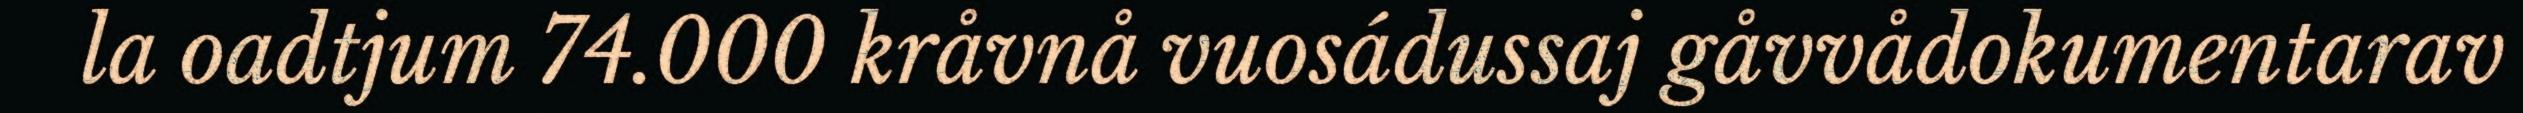
la oadtjum 74.000 kråvnå vuosádussaj gåvvådokumentarav